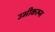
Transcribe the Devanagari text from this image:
उभीकरून